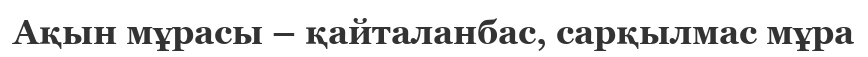
Ақын мұрасы – қайталанбас, сарқылмас мұра